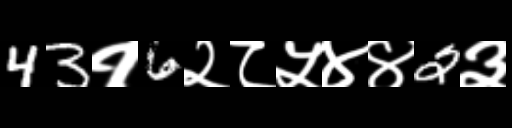
Text: 43१6२८५४४2३